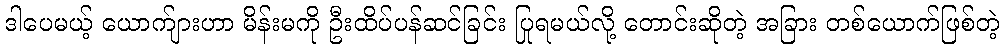
ဒါပေမယ့် ယောက်ျားဟာ မိန်းမကို ဦးထိပ်ပန်ဆင်ခြင်း ပြုရမယ်လို့ တောင်းဆိုတဲ့ အခြား တစ်ယောက်ဖြစ်တဲ့